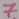
Text: 7